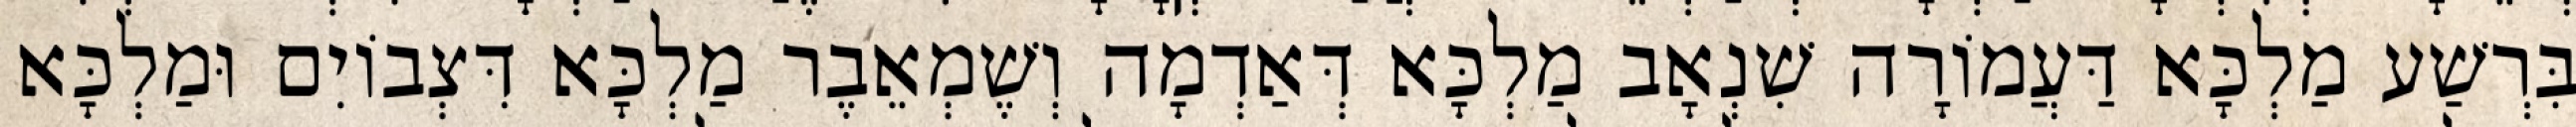
בִּרְשַׁע מַלְכָּא דַּעֲמוֹרָה שִׁנְאָב מַלְכָּא דְּאַדְמָה וְשֶׁמְאֵבֶר מַלְכָּא דִּצְבוֹיִם וּמַלְכָּא